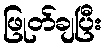
ဖြုတ်ချပြီး